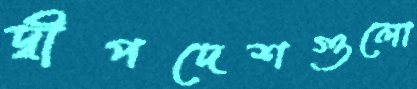
দ্বীপদেশগুলো